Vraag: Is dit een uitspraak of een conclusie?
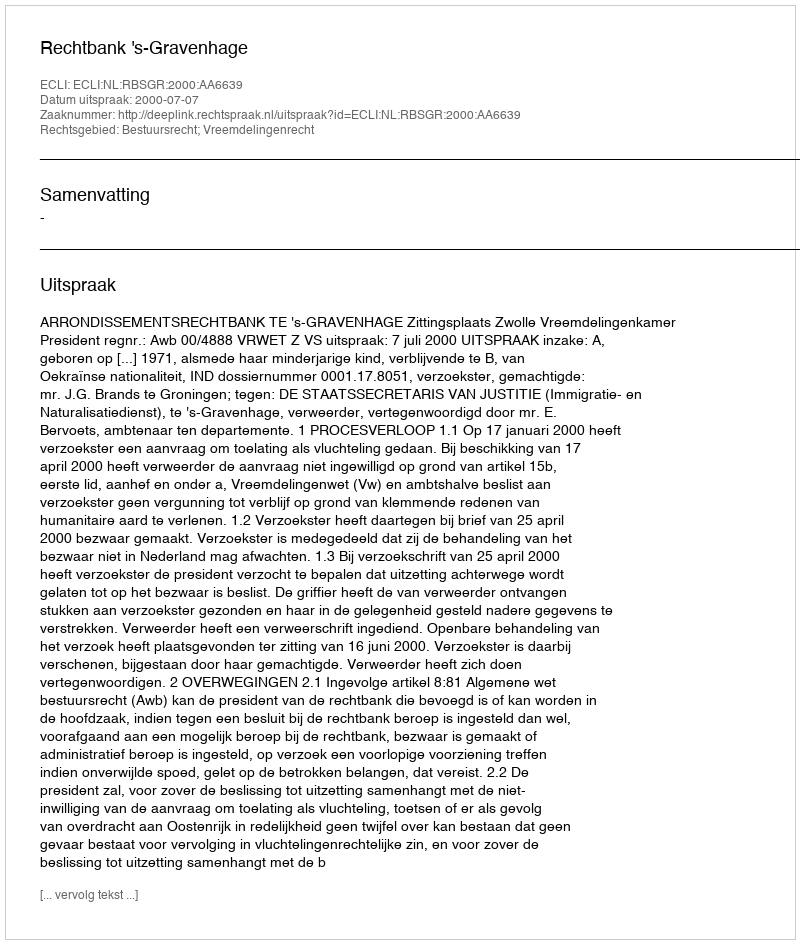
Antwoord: Uitspraak